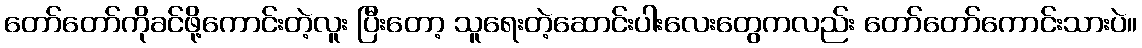
တော်တော်ကိုခင်ဖို့ကောင်းတဲ့လူး ပြီးတော့ သူရေးတဲ့ဆောင်းပါးလေးတွေကလည်း တော်တော်ကောင်းသားပဲ။